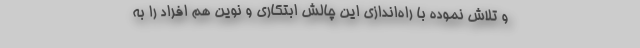
و تلاش نموده با راه‌اندازی این چالش ابتکاری و نوین هم افراد را به